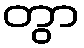
တွာ